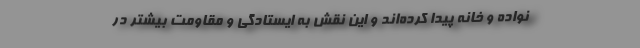
نواده‌ و خانه پيدا كرده‌اند و اين نقش به ايستادگي و مقاومت بيشتر در